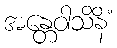
အန္တေဝါသိနိံ